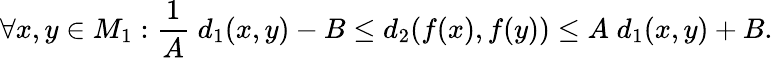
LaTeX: \forall x,y\in M_{1}:{\frac{1}{A}}\; d_{1}(x,y)-B\leq d_{2}(f(x),f(y))\leq A\; d_{1}(x,y)+B.